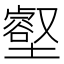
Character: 壑